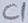
Text: C1